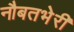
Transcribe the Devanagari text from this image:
नौबतभेरी